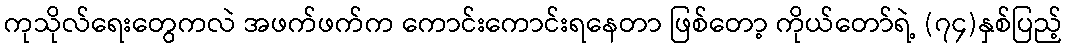
ကုသိုလ်ရေးတွေကလဲ အဖက်ဖက်က ကောင်းကောင်းရနေတာ ဖြစ်တော့ ကိုယ်တော်ရဲ့ (၇၄)နှစ်ပြည့်